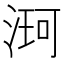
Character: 𮳌